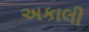
અકાલી